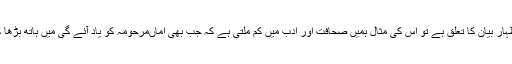
جہاں تک اس کتاب کی مجموعی کرافٹنگ اور اظہار بیان کا تعلق ہے تو اس کی مثال ہمیں صحافت اور ادب میں کم ملتی ہے کہ جب بھی اماںمرحومہ کو یاد آئے گی میں ہاتھ بڑھا کر سب سے پہلے ”امی جی“ کا مطالعہ کروں گا۔